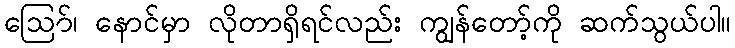
ဪ၊ နောင်မှာ လိုတာရှိရင်လည်း ကျွန်တော့်ကို ဆက်သွယ်ပါ။